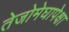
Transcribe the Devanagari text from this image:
तेजोमेघापेक्षा